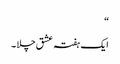
“
ایک ہفتہ عشق چلا ۔